Annual report on the working of the mental hospitals in the Madras Presidency - 1912-1932
Year: 1912
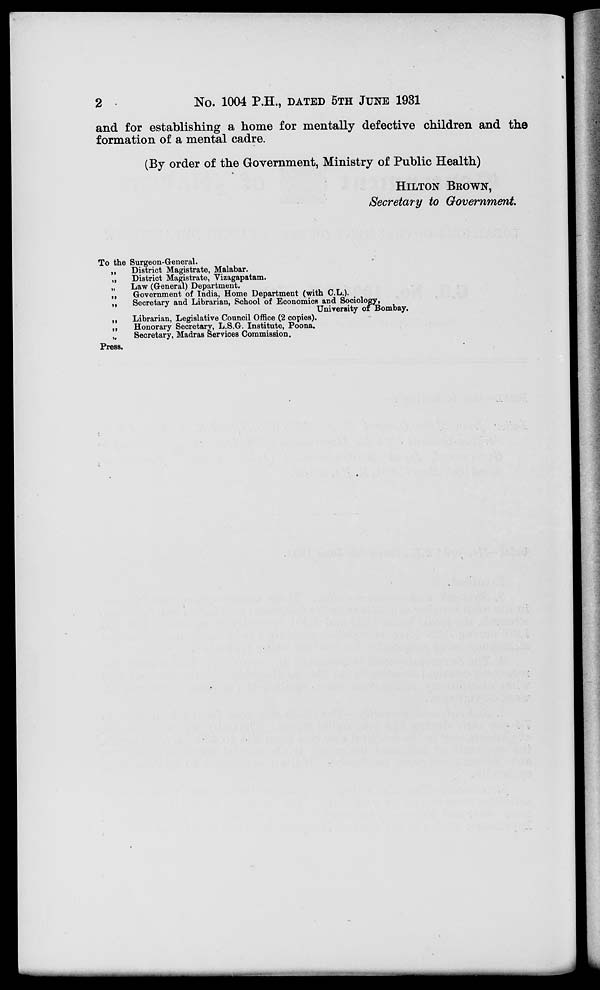
2
No. 1004 P.H., DATED 5TH JUNE 1931
and for establishing a home for mentally defective children and the
formation of a mental cadre.
(By order of the Government, Ministry of Public Health)
HILTON BROWN,
Secretary to Government.
To the Surgeon-General.
„
District Magistrate, Malabar.
„
District Magistrate, Vizagapatam.
„
Law (General) Department.
„
Government of India, Home Department (with C.L.).
„
Secretary and Librarian, School of Economics and Sociology,
University of Bombay.
„
Librarian, Legislative Council Office (2 copies).
„
Honorary Secretary, L.S.G. Institute, Poona.
„
Secretary, Madras Services Commission.
Press.